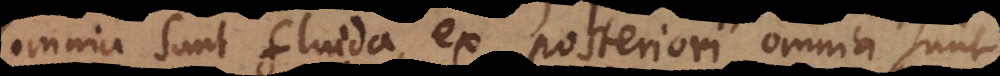
omnia sunt fluida, ex posteriori omnia sunt